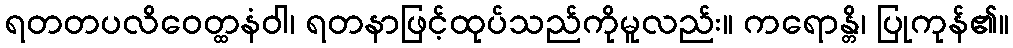
ရတတပလိဝေတ္ထနံဝါ၊ ရတနာဖြင့်ထုပ်သည်ကိုမူလည်း။ ကရောန္တိ၊ ပြုကုန်၏။